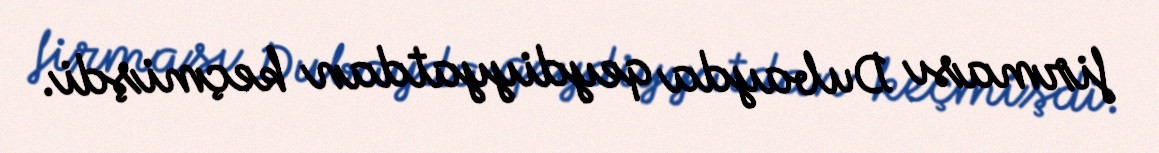
firması Dubayda qeydiyyatdan keçmişdi.